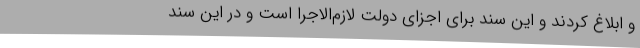
و ابلاغ کردند و این سند برای اجزای دولت لازم‌الاجرا است و در این سند